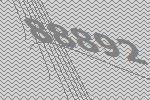
88892